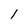
Character: 1